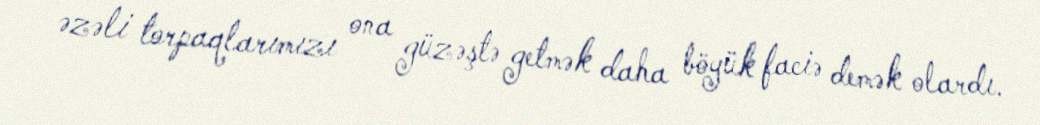
əzəli torpaqlarımızı ona güzəştə getmək daha böyük faciə demək olardı.